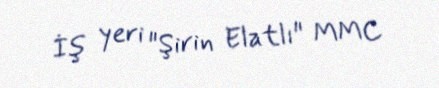
İş yeri "Şirin Elatlı" MMC